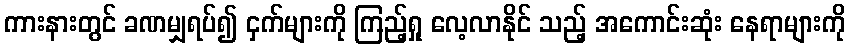
ကားနားတွင် ခဏမျှရပ်၍ ငှက်များကို ကြည့်ရှု လေ့လာနိုင် သည့် အကောင်းဆုံး နေရာများကို